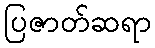
ပြဇာတ်ဆရာ